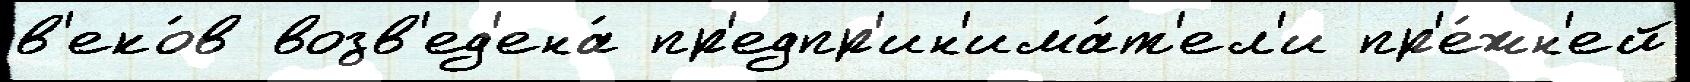
в'еко́в возв'ед'ена́ пр'едпр'ин'има́т'ел'и пр'е́жн'ей